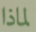
لماذا